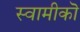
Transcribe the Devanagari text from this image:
स्वामीकॊ